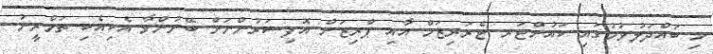
މި ބައްދަލުވުމުގައި ކައުންޓަރ ޓެރަރިޒަމް އާއި ޕްރިޒަން އޮފިސަރުންނަށް ބޭނުންވާ އެކިއެކި ތަމްރީނު